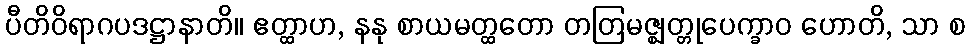
ပီတိဝိရာဂပဒဋ္ဌာနာတိ။ ဧတ္ထာဟ, နနု စာယမတ္ထတော တတြမဇ္ဈတ္တုပေက္ခာဝ ဟောတိ, သာ စ